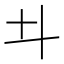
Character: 𠥼